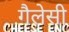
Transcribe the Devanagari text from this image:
गैलेसी